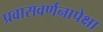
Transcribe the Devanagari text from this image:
प्रवासवर्णनापेक्षा